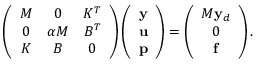
\left( \begin{array} { c c c } { M } & { 0 } & { K ^ { T } } \\ { 0 } & { \alpha M } & { B ^ { T } } \\ { K } & { B } & { 0 } \end{array} \right) \left( \begin{array} { l } { \mathbf { y } } \\ { \mathbf { u } } \\ { \mathbf { p } } \end{array} \right) = \left( \begin{array} { c } { M \mathbf { y } _ { d } } \\ { 0 } \\ { \mathbf { f } } \end{array} \right) .